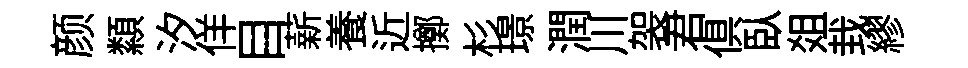
颜纇汐佯目薪養近擲杉璟潤川袈君俱臥爼㘽繆